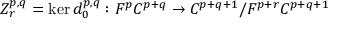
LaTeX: Z _ { r } ^ { p , q } = \ker d _ { 0 } ^ { p , q } : F ^ { p } C ^ { p + q } \rightarrow C ^ { p + q + 1 } / F ^ { p + r } C ^ { p + q + 1 }